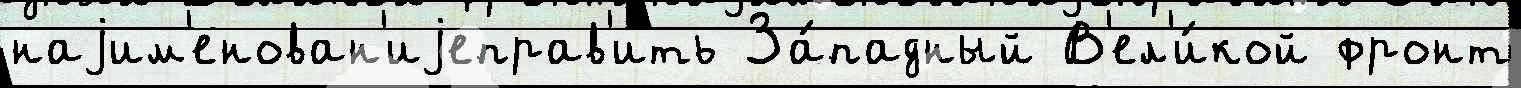
наjим'енован'иjеправ'ить За́падный В'ел'и́кой фронт